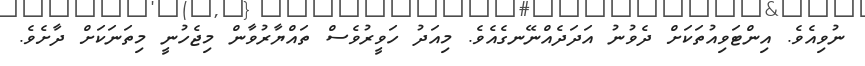
ނުވިއެވެ. އިންޓަވިއުތަކަށް ދެވުނު އަދަދެއްނޭނގެއެވެ. މިއަދު ހަވީރުވެސް ތައްޔާރުވާން މިޖެހުނީ މިތަނަކަށް ދާށެވެ.